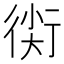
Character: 𧗰